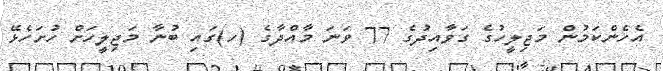
އެހެންކަމުން މަޖިލީހުގެ ގަވާއިދުގެ 77 ވަނަ މާއްދާގެ (ހ)ގައި ބުނާ މަޖިލީހަށް ހުށަހެޅޭ